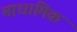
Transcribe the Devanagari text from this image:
माधामिक